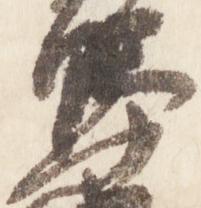
野